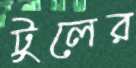
টুলের